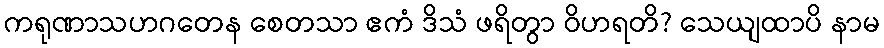
ကရုဏာသဟဂတေန စေတသာ ဧကံ ဒိသံ ဖရိတွာ ဝိဟရတိ? သေယျထာပိ နာမ